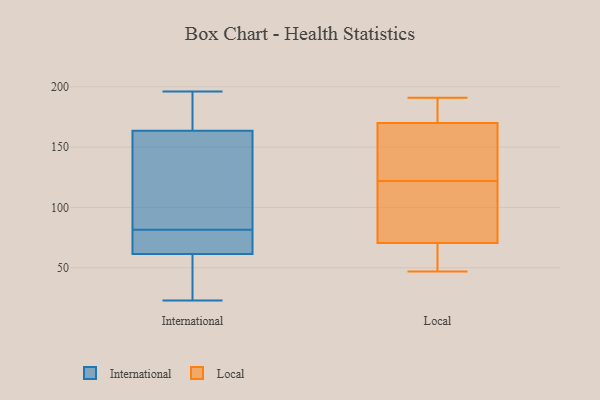
{"axis": {"x": "Website Visitors", "y": "Value"}, "legend": ["International", "Local"], "data": [{"x": "", "y": 168, "type": "International"}, {"x": "", "y": 52, "type": "International"}, {"x": "", "y": 166, "type": "International"}, {"x": "", "y": 76, "type": "International"}, {"x": "", "y": 178, "type": "International"}, {"x": "", "y": 23, "type": "International"}, {"x": "", "y": 116, "type": "International"}, {"x": "", "y": 196, "type": "International"}, {"x": "", "y": 114, "type": "International"}, {"x": "", "y": 82, "type": "International"}, {"x": "", "y": 81, "type": "International"}, {"x": "", "y": 44, "type": "International"}, {"x": "", "y": 42, "type": "International"}, {"x": "", "y": 71, "type": "International"}, {"x": "", "y": 75, "type": "International"}, {"x": "", "y": 161, "type": "International"}, {"x": "", "y": 168, "type": "Local"}, {"x": "", "y": 51, "type": "Local"}, {"x": "", "y": 115, "type": "Local"}, {"x": "", "y": 191, "type": "Local"}, {"x": "", "y": 125, "type": "Local"}, {"x": "", "y": 61, "type": "Local"}, {"x": "", "y": 135, "type": "Local"}, {"x": "", "y": 47, "type": "Local"}, {"x": "", "y": 173, "type": "Local"}, {"x": "", "y": 80, "type": "Local"}, {"x": "", "y": 119, "type": "Local"}, {"x": "", "y": 172, "type": "Local"}]}